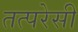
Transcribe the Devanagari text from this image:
तत्परेसी